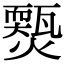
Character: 𤐱